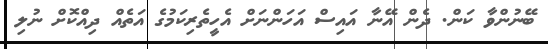
ބޭނުންވާ ކަން. ދެން އޭނާ އައިސް އަހަންނަށް އެހީތެރިކަމުގެ އަތެއް ދިއްކޮށް ނުލި